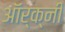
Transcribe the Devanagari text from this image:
ऑर्क्नी